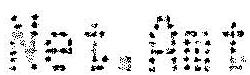
NET.AMT